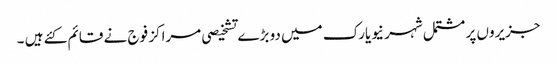
جزیروں پر مشتمل شہر نیویارک میں دو بڑے تشخیصی مراکز فوج نے قائم کئے ہیں ۔